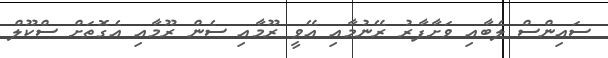
ސައިންސް ލެބާއި ވަށާފާރު ރޭނުމާއި އޭވީ ރޫމާއި ސެން ރޫމާއި އެގޮތަށް ސްކޫލް